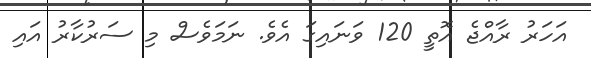
އަހަރު ރާއްޖެ އޮތީ 120 ވަނައިގަ އެވެ. ނަމަވެސް މި ސަރުކާރު އައި